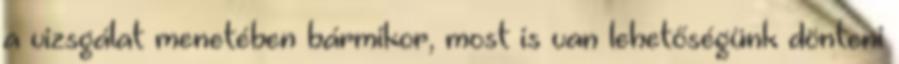
a vizsgálat menetében bármikor, most is van lehetőségünk dönteni